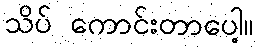
သိပ် ကောင်းတာပေါ့။